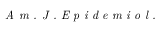
\textit { A m . J . E p i d e m i o l . }